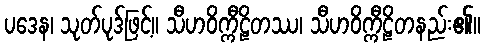
ပဒေန၊ သုတ်ပုဒ်ဖြင့်။ သီဟဝိက္ကီဠိတဿ၊ သီဟဝိက္ကီဠိတနည်း၏။